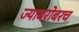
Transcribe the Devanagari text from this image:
ज्याबरोबरच